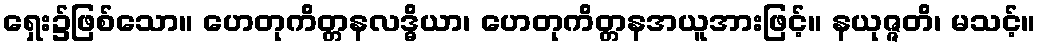
ရှေး၌ဖြစ်သော။ ဟေတုကိတ္တနလဒ္ဓိယာ၊ ဟေတုကိတ္တနအယူအားဖြင့်။ နယုဇ္ဇတိ၊ မသင့်။